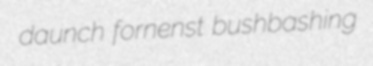
daunch fornenst bushbashing